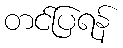
တင်ပြရန်